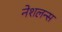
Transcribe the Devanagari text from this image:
नेशलन्स